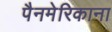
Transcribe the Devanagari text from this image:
पैनमेरिकाना